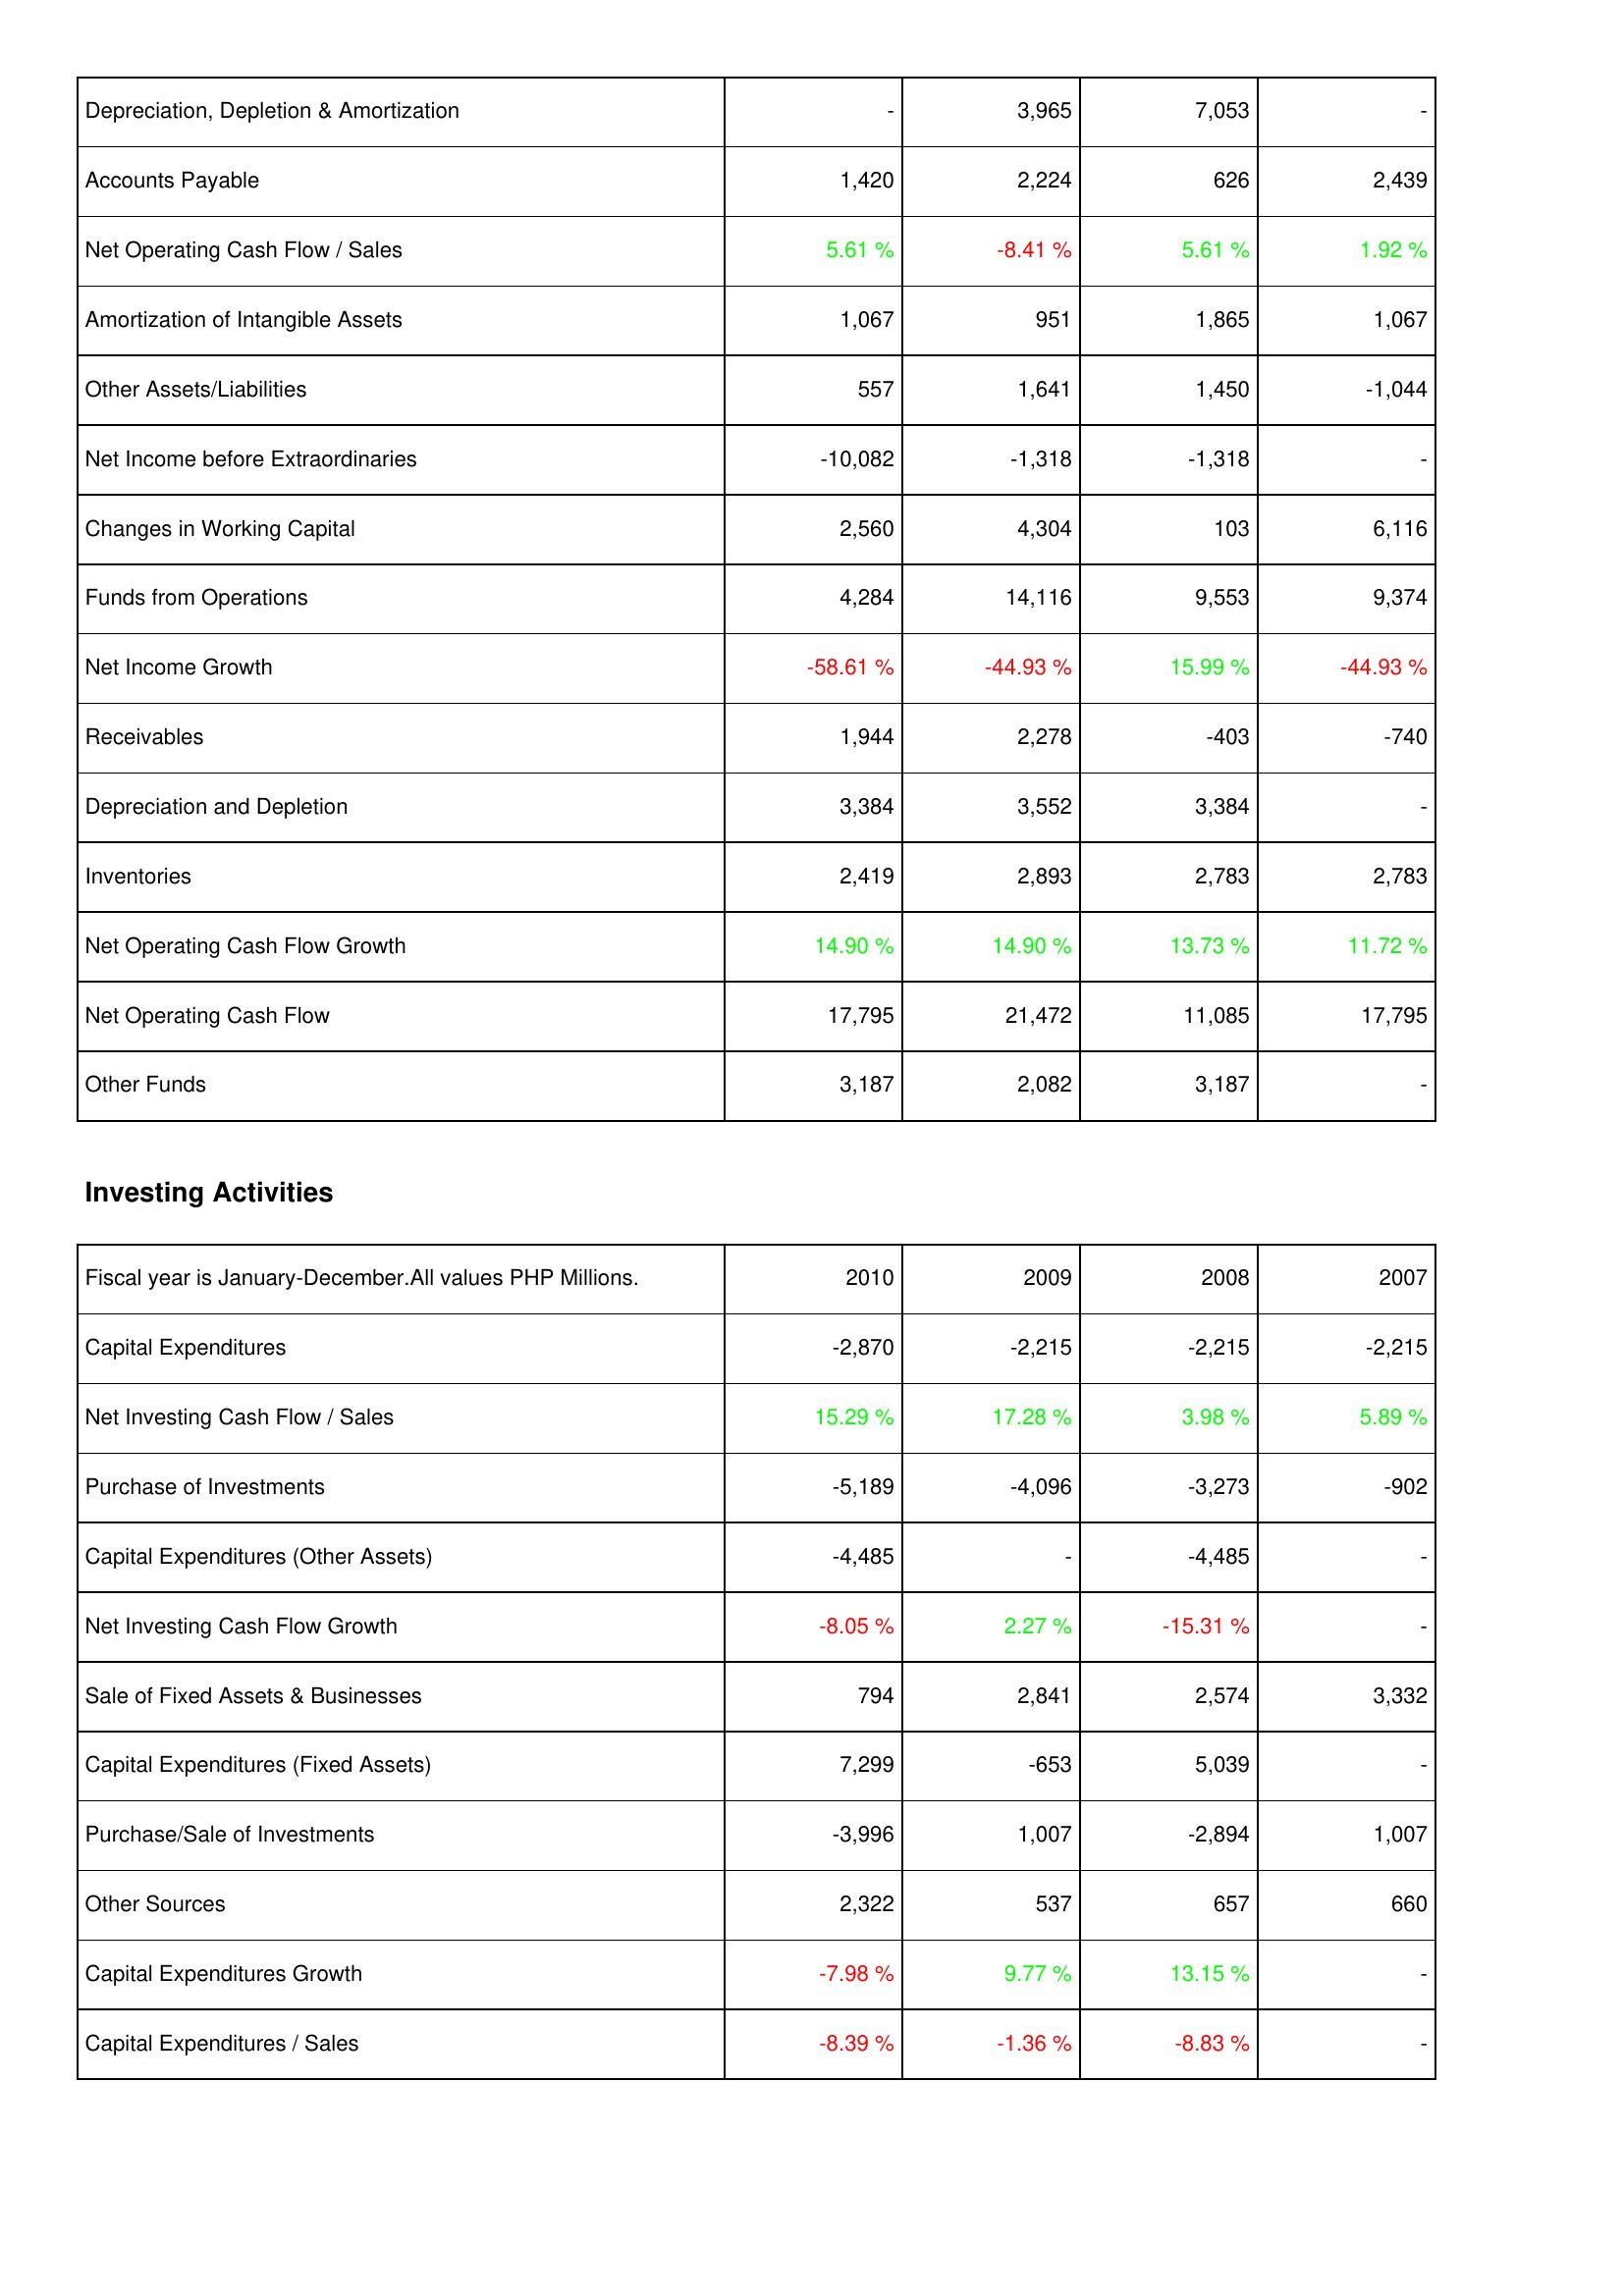
2010: Operating Activities: Depreciation, Depletion & Amortization: -
Accounts Payable: 1,420
Net Operating Cash Flow / Sales: 5.61 %
Amortization of Intangible Assets: 1,067
Other Assets/Liabilities: 557
Net Income before Extraordinaries: -10,082
Changes in Working Capital: 2,560
Funds from Operations: 4,284
Net Income Growth: -58.61 %
Receivables: 1,944
Depreciation and Depletion: 3,384
Inventories: 2,419
Net Operating Cash Flow Growth: 14.90 %
Net Operating Cash Flow: 17,795
Other Funds: 3,187
Investing Activities: Capital Expenditures: -2,870
Net Investing Cash Flow / Sales: 15.29 %
Purchase of Investments: -5,189
Capital Expenditures (Other Assets): -4,485
Net Investing Cash Flow Growth: -8.05 %
Sale of Fixed Assets & Businesses: 794
Capital Expenditures (Fixed Assets): 7,299
Purchase/Sale of Investments: -3,996
Other Sources: 2,322
Capital Expenditures Growth: -7.98 %
Capital Expenditures / Sales: -8.39 %
2009: Operating Activities: Depreciation, Depletion & Amortization: 3,965
Accounts Payable: 2,224
Net Operating Cash Flow / Sales: -8.41 %
Amortization of Intangible Assets: 951
Other Assets/Liabilities: 1,641
Net Income before Extraordinaries: -1,318
Changes in Working Capital: 4,304
Funds from Operations: 14,116
Net Income Growth: -44.93 %
Receivables: 2,278
Depreciation and Depletion: 3,552
Inventories: 2,893
Net Operating Cash Flow Growth: 14.90 %
Net Operating Cash Flow: 21,472
Other Funds: 2,082
Investing Activities: Capital Expenditures: -2,215
Net Investing Cash Flow / Sales: 17.28 %
Purchase of Investments: -4,096
Capital Expenditures (Other Assets): -
Net Investing Cash Flow Growth: 2.27 %
Sale of Fixed Assets & Businesses: 2,841
Capital Expenditures (Fixed Assets): -653
Purchase/Sale of Investments: 1,007
Other Sources: 537
Capital Expenditures Growth: 9.77 %
Capital Expenditures / Sales: -1.36 %
2008: Operating Activities: Depreciation, Depletion & Amortization: 7,053
Accounts Payable: 626
Net Operating Cash Flow / Sales: 5.61 %
Amortization of Intangible Assets: 1,865
Other Assets/Liabilities: 1,450
Net Income before Extraordinaries: -1,318
Changes in Working Capital: 103
Funds from Operations: 9,553
Net Income Growth: 15.99 %
Receivables: -403
Depreciation and Depletion: 3,384
Inventories: 2,783
Net Operating Cash Flow Growth: 13.73 %
Net Operating Cash Flow: 11,085
Other Funds: 3,187
Investing Activities: Capital Expenditures: -2,215
Net Investing Cash Flow / Sales: 3.98 %
Purchase of Investments: -3,273
Capital Expenditures (Other Assets): -4,485
Net Investing Cash Flow Growth: -15.31 %
Sale of Fixed Assets & Businesses: 2,574
Capital Expenditures (Fixed Assets): 5,039
Purchase/Sale of Investments: -2,894
Other Sources: 657
Capital Expenditures Growth: 13.15 %
Capital Expenditures / Sales: -8.83 %
2007: Operating Activities: Depreciation, Depletion & Amortization: -
Accounts Payable: 2,439
Net Operating Cash Flow / Sales: 1.92 %
Amortization of Intangible Assets: 1,067
Other Assets/Liabilities: -1,044
Net Income before Extraordinaries: -
Changes in Working Capital: 6,116
Funds from Operations: 9,374
Net Income Growth: -44.93 %
Receivables: -740
Depreciation and Depletion: -
Inventories: 2,783
Net Operating Cash Flow Growth: 11.72 %
Net Operating Cash Flow: 17,795
Other Funds: -
Investing Activities: Capital Expenditures: -2,215
Net Investing Cash Flow / Sales: 5.89 %
Purchase of Investments: -902
Capital Expenditures (Other Assets): -
Net Investing Cash Flow Growth: -
Sale of Fixed Assets & Businesses: 3,332
Capital Expenditures (Fixed Assets): -
Purchase/Sale of Investments: 1,007
Other Sources: 660
Capital Expenditures Growth: -
Capital Expenditures / Sales: -